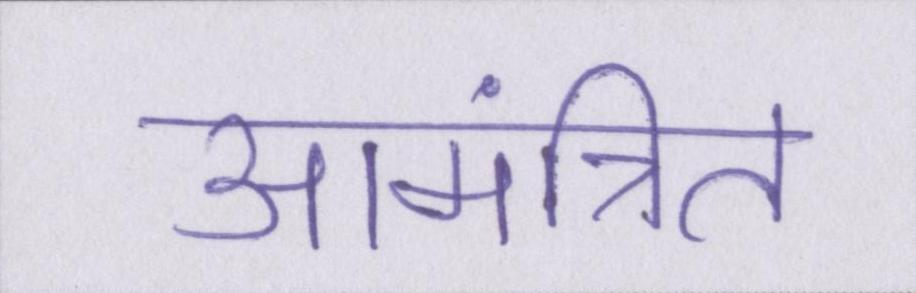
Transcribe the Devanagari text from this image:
आमंत्रित